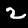
Label: 2